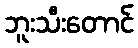
ဘူးသီးတောင်